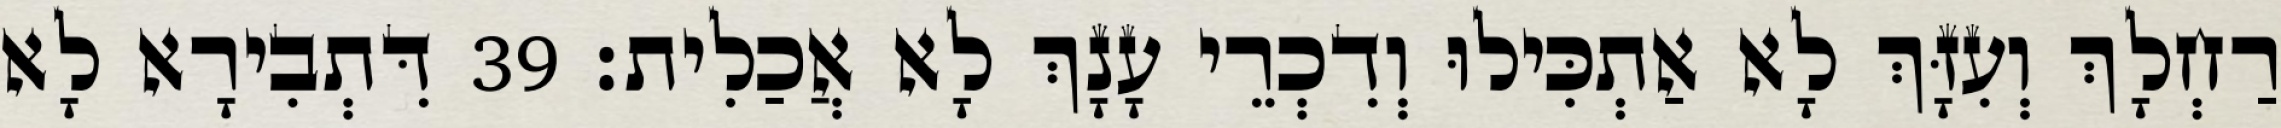
רַחְלָךְ וְעִזָּךְ לָא אַתְכִּילוּ וְדִכְרֵי עָנָךְ לָא אֲכַלִית׃ 39 דִּתְבִירָא לָא